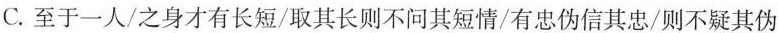
C.至于一人/之身才有长短/取其长则不问其短情/有忠伪信其忠/则不疑其伪